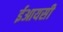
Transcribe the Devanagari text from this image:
ईआयसी